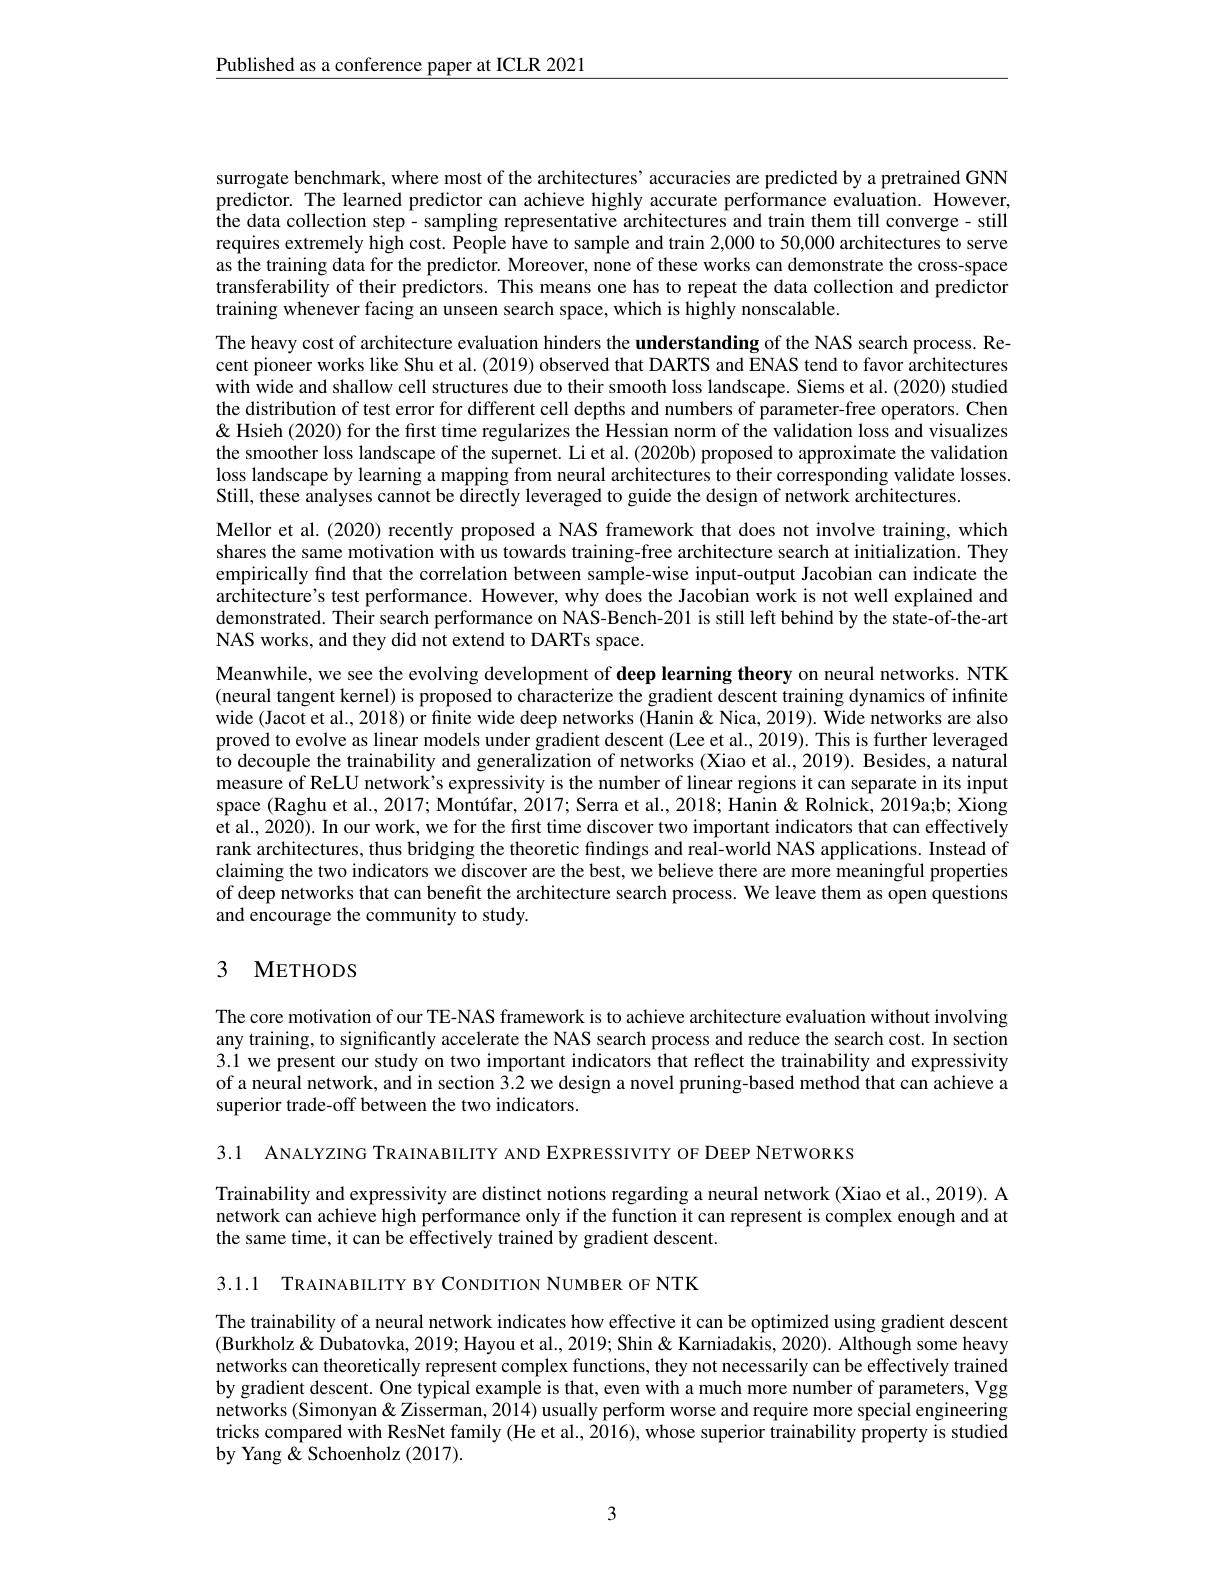
$\underline{\text{Published as a conference paper at ICLR 2021}}$

surrogate benchmark, where most of the architectures’accuracies are predicted by a pretrained GNN predictor. The learned predictor can achieve highly accurate performance evaluation. However, the data collection step- sampling representative architectures and train them till converge- still requires extremely high cost. People have to sample and train 2,000 to 50,000 architectures to serve as the training data for the predictor. Moreover, none of these works can demonstrate the cross-space transferability of their predictors. This means one has to repeat the data collection and predictor training whenever facing an unseen search space, which is highly nonscalable.
The heavy cost of architecture evaluation hinders the understanding of the NAS search process. Recent pioneer works like Shu et al. (2019) observed that DARTS and ENAS tend to favor architectures with wide and shallow cell structures due to their smooth loss landscape. Siems et al. (2020) studied the distribution of test error for different cell depths and numbers of parameter-free operators. Chen & 'isualizes $\&$ Hsieh (2020) for the first time regularizes the Hessian norm of the validation loss and visualizes the smoother loss landscape of the supernet. Li et al.(2020b) proposed to approximate the validation loss landscape by learning a mapping from neural architectures to their corresponding validate losses. Still, these analyses cannot be directly leveraged to guide the design of network architectures.
Mellor et al. (2020) recently proposed a NAS framework that does not involve training, which shares the same motivation with us towards training-free architecture search at initialization. They empirically find that the correlation between sample-wise input-output Jacobian can indicate the architecture's test performance. However, why does the Jacobian work is not well explained and demonstrated. Their search performance on NAS-Bench-201 is still left behind by the state-of-the-art NAS works, and they did not extend to DARTs space.
Meanwhile, we see the evolving development of deep learning theory on neural networks. NTK (neural tangent kernel) is proposed to characterize the gradient descent training dynamics of infinite wide (Jacot et al., 2018) or finite wide deep networks (Hanin&Nica, 2019). Wide networks are also proved to evolve as linear models under gradient descent (Lee et al., 2019). This is further leveraged to decouple the trainability and generalization of networks (Xiao et al., 2019). Besides, a natural measure of ReLU network's expressivity is the number of linear regions it can separate in its input space (Raghu et al., 2017; Montúfar, 2017; Serra et al., 2018; Hanin& Rolnick, 2019a;b; Xiong et al., 2020). In our work, we for the first time discover two important indicators that can effectively rank architectures, thus bridging the theoretic findings and real-world NAS applications. Instead of claiming the two indicators we discover are the best, we believe there are more meaningful properties of deep networks that can benefit the architecture search process. We leave them as open questions and encourage the community to study.

## 3 METHODS

The core motivation of our TE-NAS framework is to achieve architecture evaluation without involving any training, to significantly accelerate the NAS search process and reduce the search cost. In section 3.1 we present our study on two important indicators that reflect the trainability and expressivity of a neural network, and in section $\hat{3}.2$ we design a novel pruning-based method that can achieve a superior trade-off between the two indicators.

3.1 ANALYZING TRAINABILITY AND EXPRESSIVITY OF DEEP NETWORKS

Trainability and expressivity are distinct notions regarding a neural network (Xiao et al., 2019). A network can achieve high performance only if the function it can represent is complex enough and at the same time, it can be effectively trained by gradient descent.

3.1.1 TRAINABILITY BY CONDITION NUMBER OF NTK

The trainability of a neural network indicates how effective it can be optimized using gradient descent (Burkholz& Dubatovka, 2019; Hayou et al., 2019; Shin & Karniadakis, 2020). Although some heavy networks can theoretically represent complex functions, they not necessarily can be effectively trained by gradient descent. One typical example is that, even with a much more number of parameters, Vgg networks (Simonyan&Zisserman, 2014) usually perform worse and require more special engineering tricks compared with ResNet family (He et al., 2016), whose superior trainability property is studied by Yang & Schoenholz (2017).

3